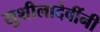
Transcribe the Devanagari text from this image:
सुशीलादेवींनी